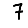
Digit: 7